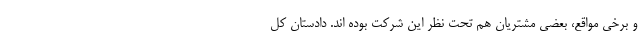
و برخی مواقع، بعضی مشتریان هم تحت نظر این شرکت بوده اند. دادستان کل